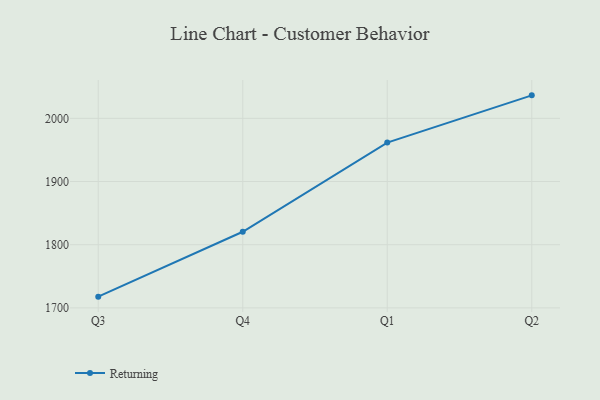
{"axis": {"x": "Quarter", "y": "Website Visitors"}, "legend": ["Returning"], "data": [{"x": "Q3", "y": 1717.8, "type": "Returning"}, {"x": "Q4", "y": 1820.5, "type": "Returning"}, {"x": "Q1", "y": 1961.7, "type": "Returning"}, {"x": "Q2", "y": 2036.4, "type": "Returning"}]}